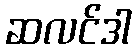
ဆလင်ဒါ